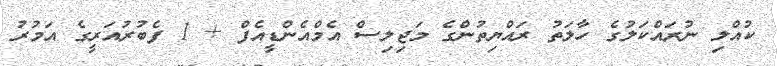
ކުއްލި ނުރައްކަލުގެ ހާލަތު ރައްޔިތުންގެ މަޖިލިސް އެމްއެންޑީއެފް + 1 ފެބުރުއަރީގެ އަމުރު